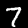
Label: 7